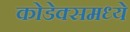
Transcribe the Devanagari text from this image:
कोडेक्समध्ये